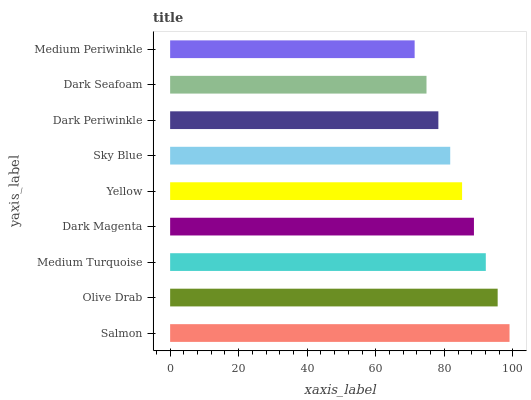
| yaxis_label | bars |
 | --- | --- |
 | Salmon | 99 |
 | Olive Drab | 95.5 |
 | Medium Turquoise | 92.1 |
 | Dark Magenta | 88.6 |
 | Yellow | 85.2 |
 | Sky Blue | 81.7 |
 | Dark Periwinkle | 78.2 |
 | Dark Seafoam | 74.8 |
 | Medium Periwinkle | 71.3 |